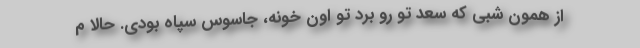
از همون شبی که سعد تو رو برد تو اون خونه، جاسوس سپاه بودی. حالا م